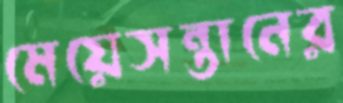
মেয়েসন্তানের